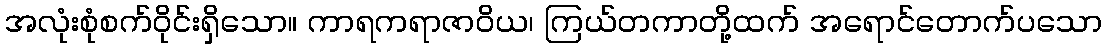
အလုံးစုံစက်ဝိုင်းရှိသော။ ကာရကရာဇာဝိယ၊ ကြယ်တကာတို့ထက် အရောင်တောက်ပသော